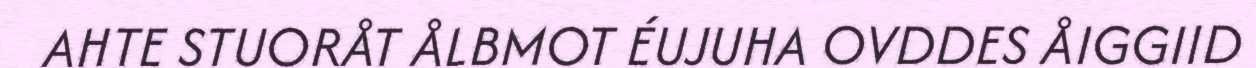
AHTE STUORÅT ÅLBMOT ÉUJUHA OVDDES ÅIGGIID